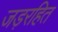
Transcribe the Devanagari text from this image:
जड़रहित